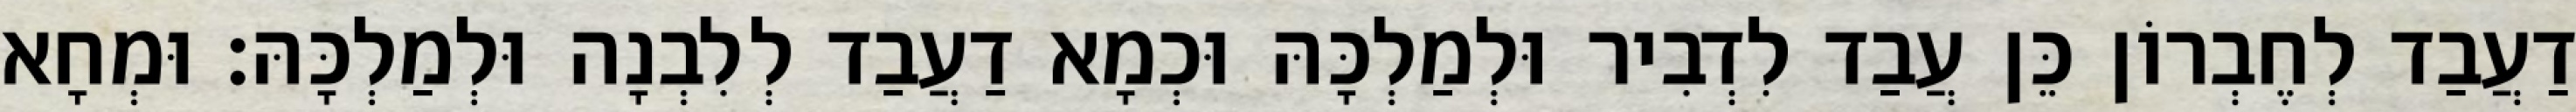
דַעֲבַד לְחֶבְרוֹן כֵּן עֲבַד לִדְבִיר וּלְמַלְכָּהּ וּכְמָא דַעֲבַד לְלִבְנָה וּלְמַלְכָּהּ׃ וּמְחָא